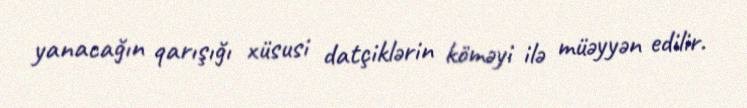
yanacağın qarışığı xüsusi datçiklərin köməyi ilə müəyyən edilir.